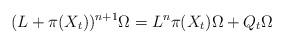
LaTeX: \begin{align*}(L+\pi(X_t))^{n+1}\Omega=L^n\pi(X_t)\Omega+Q_t\Omega\end{align*}